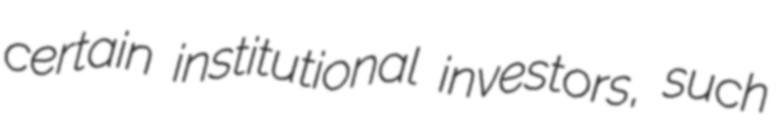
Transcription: certain institutional investors, such